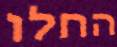
החלו